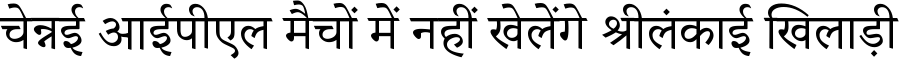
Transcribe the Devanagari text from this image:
चेन्नई आईपीएल मैचों में नहीं खेलेंगे श्रीलंकाई खिलाड़ी